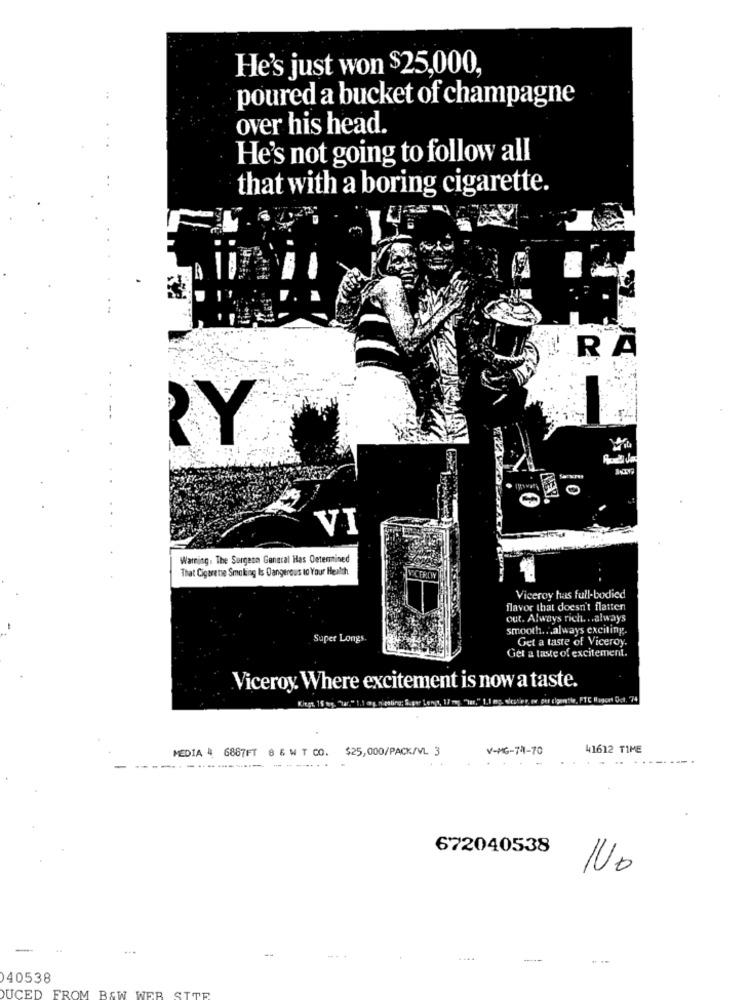
He's just won $25,000,
poured a bucket of champagne
over his head.
He's not going to follow all
that with a boring cigarette.
RA
¿Y
Towalk
0
VI
Warning. The Surgeon General Has Determined
That Cigarette Smoking Is Dangerous to Your Health
Viceroy has full-bodied
flavor that doesn't flatten
out. Always rich. .. always
smooth. .. always exciting
Super Longs.
Get a taste of Viceroy.
Get a taste of excitement.
Viceroy. Where excitement is now a taste.
Kingt.
yetle, PTC Bigcet Oct. 74
MEDIA 4 6887FT 8 6 W T CO. $25,000/PACK/VL 3
V-H6-74-70
41612 TIME
-
--------- -.
672040538
No
040538
WER
UCED FROM B&W